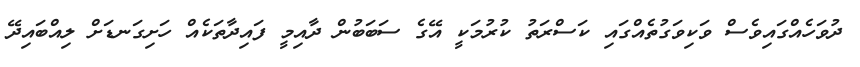
ދުވަހެއްގައިވެސް ވަކިވަގުތެއްގައި ކަސްރަތު ކުރުމަކީ އޭގެ ސަބަބުން ދާއިމީ ފައިދާތަކެއް ހަށިގަނޑަށް ލިއްބައިދޭ